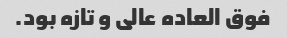
فوق العاده عالی و تازه بود.